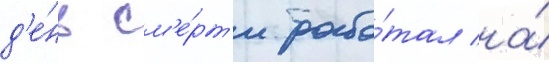
д'е́нь см'е́рт'и рабо́тал на́